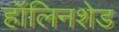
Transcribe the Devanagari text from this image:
हॉलिनशेड